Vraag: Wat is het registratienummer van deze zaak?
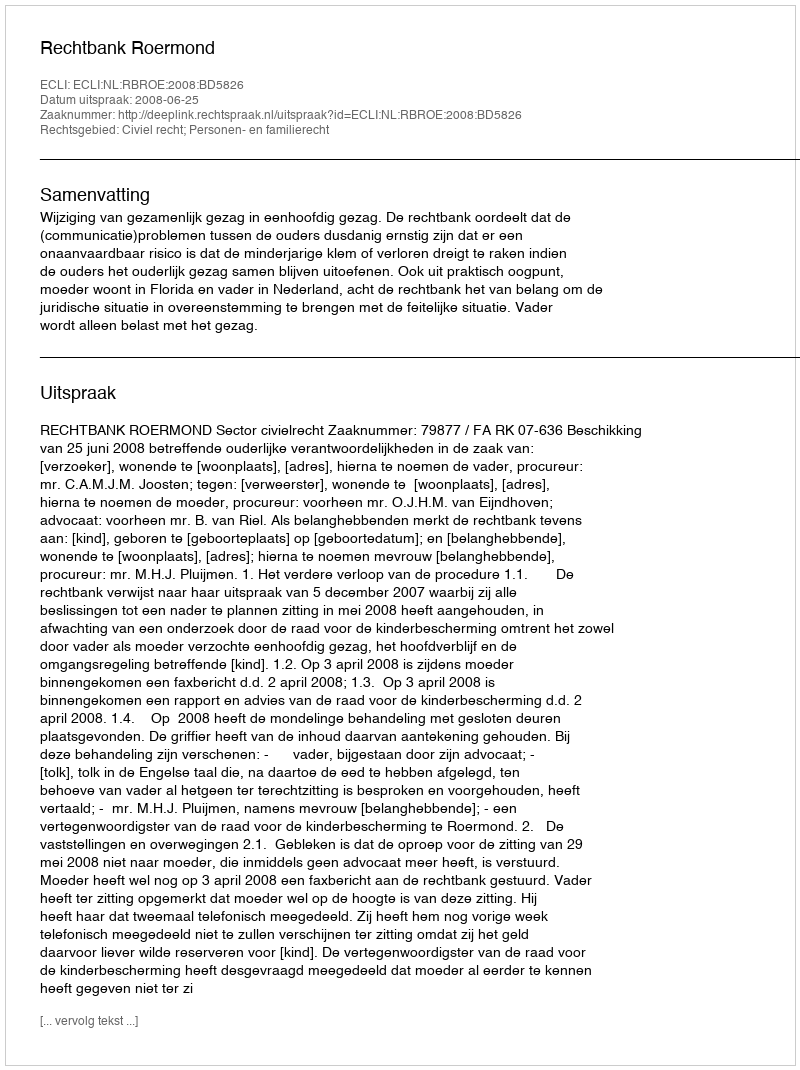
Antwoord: http://deeplink.rechtspraak.nl/uitspraak?id=ECLI:NL:RBROE:2008:BD5826